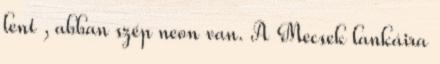
lent , abban szép neon van. A Mecsek lankáira